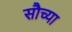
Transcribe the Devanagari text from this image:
सौच्या